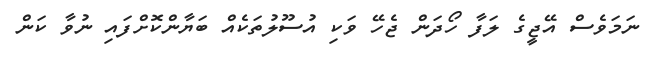
ނަމަވެސް އޭޖީގެ ލަފާ ހޯދަން ޖެހޭ ވަކި އުސޫލުތަކެއް ބަޔާންކޮށްފައި ނުވާ ކަން